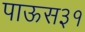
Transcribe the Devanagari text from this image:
पाऊस३१